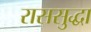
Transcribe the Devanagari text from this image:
राससुद्धा